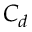
C _ { d }